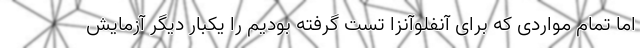
اما تمام مواردی که برای آنفلوآنزا تست گرفته بودیم را یکبار دیگر آزمایش